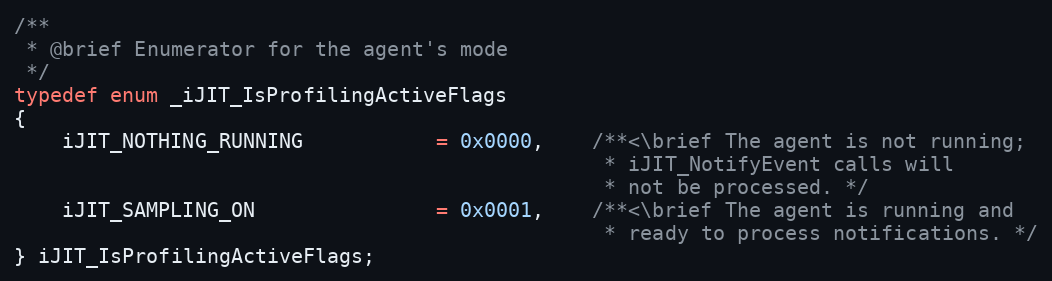
Language: C
/**
 * @brief Enumerator for the agent's mode
 */
typedef enum _iJIT_IsProfilingActiveFlags
{
    iJIT_NOTHING_RUNNING           = 0x0000,    /**<\brief The agent is not running;
                                                 * iJIT_NotifyEvent calls will
                                                 * not be processed. */
    iJIT_SAMPLING_ON               = 0x0001,    /**<\brief The agent is running and
                                                 * ready to process notifications. */
} iJIT_IsProfilingActiveFlags;